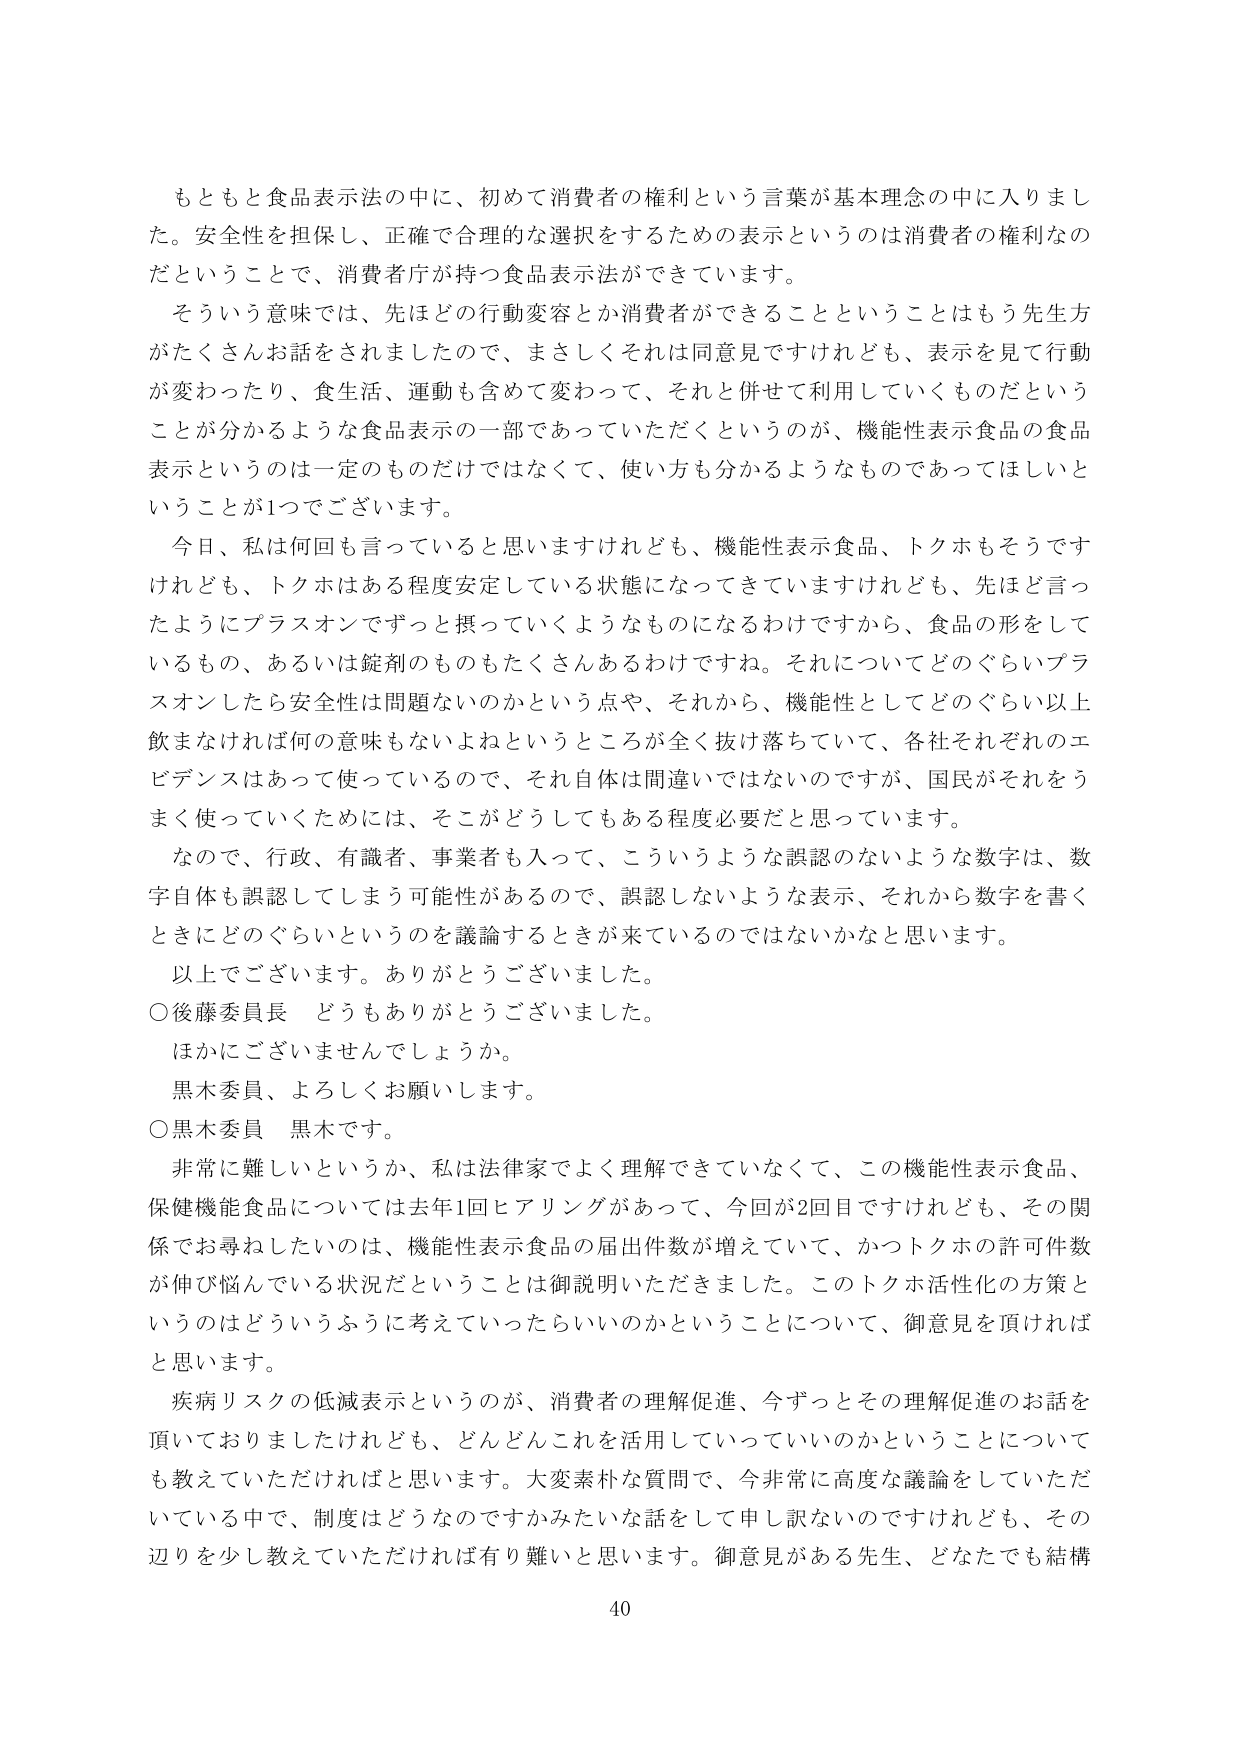
もともと食品表示法の中に、初めて消費者の権利という言葉が基本理念の中に入りました。安全性を担保し、正確で合理的な選択をするための表示というのは消費者の権利なのだということで、消費者庁が持つ食品表示法ができています。

そういう意味では、先ほどどの行動変容とか消費者ができることということはもう先生方がたくさんお話をされましたので、まさしくそれは同意見ですけれども、表示を見て行動が変わったり、食生活、運動も含めて変わって、それと併せて利用していくものだということが分かるような食品表示の一部であっていただくというのが、機能性表示食品の食品表示というのは一定のものだけではなくて、使い方も分かるようなものであってほしいということが1つでございます。

今日、私は何回も言っていると思いますけれども、機能性表示食品、トクホもそうですけれども、トクホはある程度安定している状態になってきていますけれども、先ほど言ったようにプラスオンでずっと摂っていくようなものになるわけですから、食品の形をしているもの、あるいは錠剤のものもたくさんあるわけですね。それについてどのぐらいプラスオンしたら安全性は問題ないのかという点や、それから、機能性としてどのぐらい以上飲まなければ何の意味もないよねというところが全く抜け落ちていて、各社それぞれのエビデンスはあって使っているので、それ自体は間違いではないのですが、国民がそれをうまく使っていくためには、そこがどうしてもある程度必要だと思っています。

なので、行政、有識者、事業者も入って、こういうような誤認のないような数字は、数字自体も誤認してしまう可能性があるので、誤認しないような表示、それから数字を書くときにどのぐらいというのを議論するときが来ているのではないかと思います。

以上でございます。ありがとうございました。

○後藤委員長　どうもありがとうございました。

ほかにございませんでしょうか。

黒木委員、よろしくお願いします。

○黒木委員　黒木です。

非常に難しいというか、私は法律家でよく理解できていなくて、この機能性表示食品、保健機能食品については去年1回ヒアリングがあって、今回が2回目ですけれども、その関係でお尋ねしたいのは、機能性表示食品の届出件数が増えていて、かつトクホの許可件数が伸び悩んでいる状況だということは御説明いただきました。このトクホ活性化の方策というのはどういうふうに考えていったらいいのかということについて、御意見を頂ければと思います。

疾病リスクの低減表示というのが、消費者の理解促進、今ずっとその理解促進のお話を頂いておりましたけれども、どんどんこれを活用していっていいのかということについても教えていただければと思います。大変素朴な質問で、今非常に高度な議論をしていただいている中で、制度はどうなるのですかみたいな話をして申し訳ないのですけれども、その辺りを少し教えていただければ有り難いと思います。御意見がある先生、どなたでも結構

40